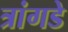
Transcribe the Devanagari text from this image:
त्रांगडे